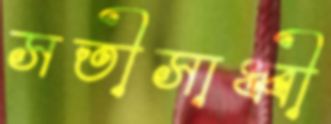
সতীসাধ্বী